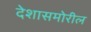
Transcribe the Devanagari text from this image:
देशासमोरील